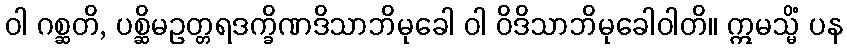
ဝါ ဂစ္ဆတိ, ပစ္ဆိမဥတ္တရဒက္ခိဏဒိသာဘိမုခေါ ဝါ ဝိဒိသာဘိမုခေါဝါတိ။ ဣမသ္မိံ ပန